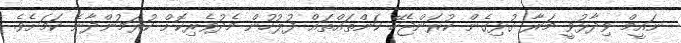
ނައީމް ވިދާޅުވީ މަރާ ގުޅިގެން ކުރަންޖެހޭ ކަންތައްތައް ފުލުހުން މެދުވެރިކޮށް ކުރަމުންދާނެ ކަމަށެވެ.